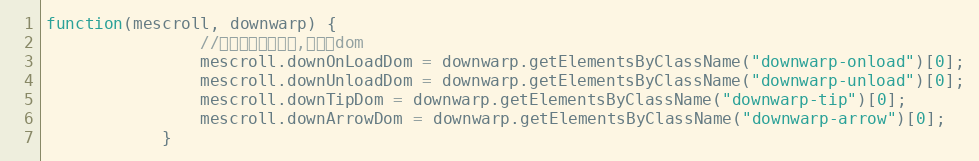
Language: JavaScript
function(mescroll, downwarp) {
				//初始化完毕的回调,可缓存dom
				mescroll.downOnLoadDom = downwarp.getElementsByClassName("downwarp-onload")[0];
				mescroll.downUnloadDom = downwarp.getElementsByClassName("downwarp-unload")[0];
				mescroll.downTipDom = downwarp.getElementsByClassName("downwarp-tip")[0];
				mescroll.downArrowDom = downwarp.getElementsByClassName("downwarp-arrow")[0];
			}